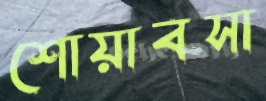
শোয়াবসা